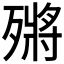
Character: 𣩗